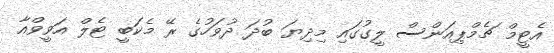
އެޓީމް ޗެމްޕިއަންސް ލީގުގައި މިދިޔަ ބުދަ ދުވަހުގެ ރޭ މެކަބީ ޓެލް އަވީވްއާ